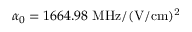
\alpha _ { 0 } = 1 6 6 4 . 9 8 ~ \mathrm { M H z / ( V / c m ) ^ { 2 } }